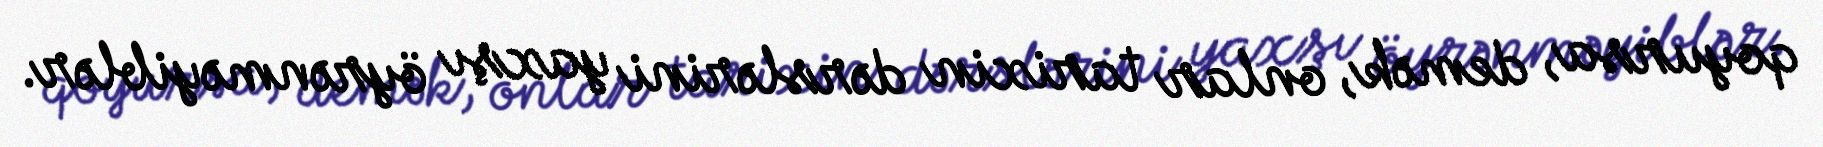
qoyursa, demək, onlar tarixin dərslərini yaxşı öyrənməyiblər.